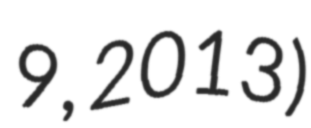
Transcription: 9, 2013)